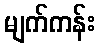
မျက်ကန်း